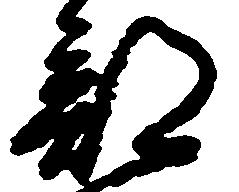
部